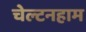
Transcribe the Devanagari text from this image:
चेल्टनहाम